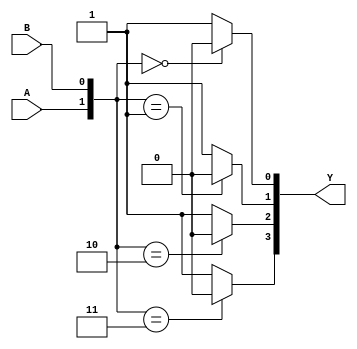
module DECODER2_4(A, B, Y);
    input A, B;
    output [3: 0] Y;

    assign Y[0] = ({A, B} == 3'b00) ? 1'b0 : 1'b1;
    assign Y[1] = ({A, B} == 3'b01) ? 1'b0 : 1'b1;
    assign Y[2] = ({A, B} == 3'b10) ? 1'b0 : 1'b1;
    assign Y[3] = ({A, B} == 3'b11) ? 1'b0 : 1'b1;
endmodule